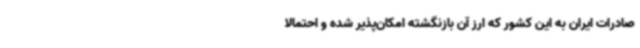
صادرات ایران به این کشور که ارز آن بازنگشته امکان‌پذیر شده و احتمالا